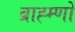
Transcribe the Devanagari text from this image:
ब्राह्म्णों